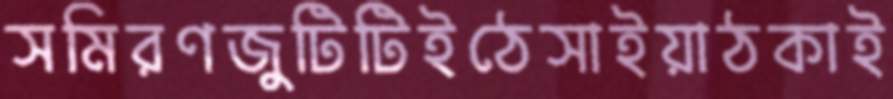
সমিরণজুটিটিইঠেসাইয়াঠকাই